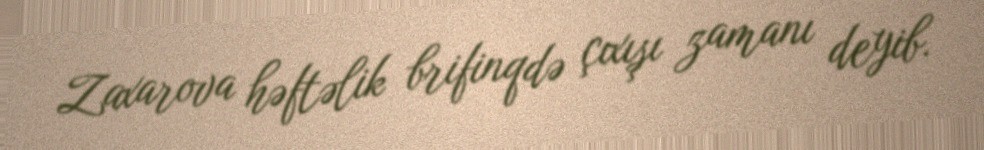
Zaxarova həftəlik brifinqdə çıxışı zamanı deyib.